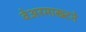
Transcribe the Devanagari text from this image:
वेअरमाख्टने